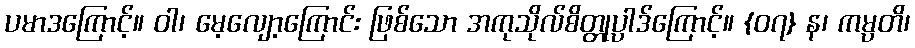
ပမာဒကြောင့်။ ဝါ၊ မေ့လျော့ကြောင်း ဖြစ်သော အကုသိုလ်စိတ္တုပ္ပါဒ်ကြောင့်။ {၀၇} န၊ ကမ္ပတိ၊